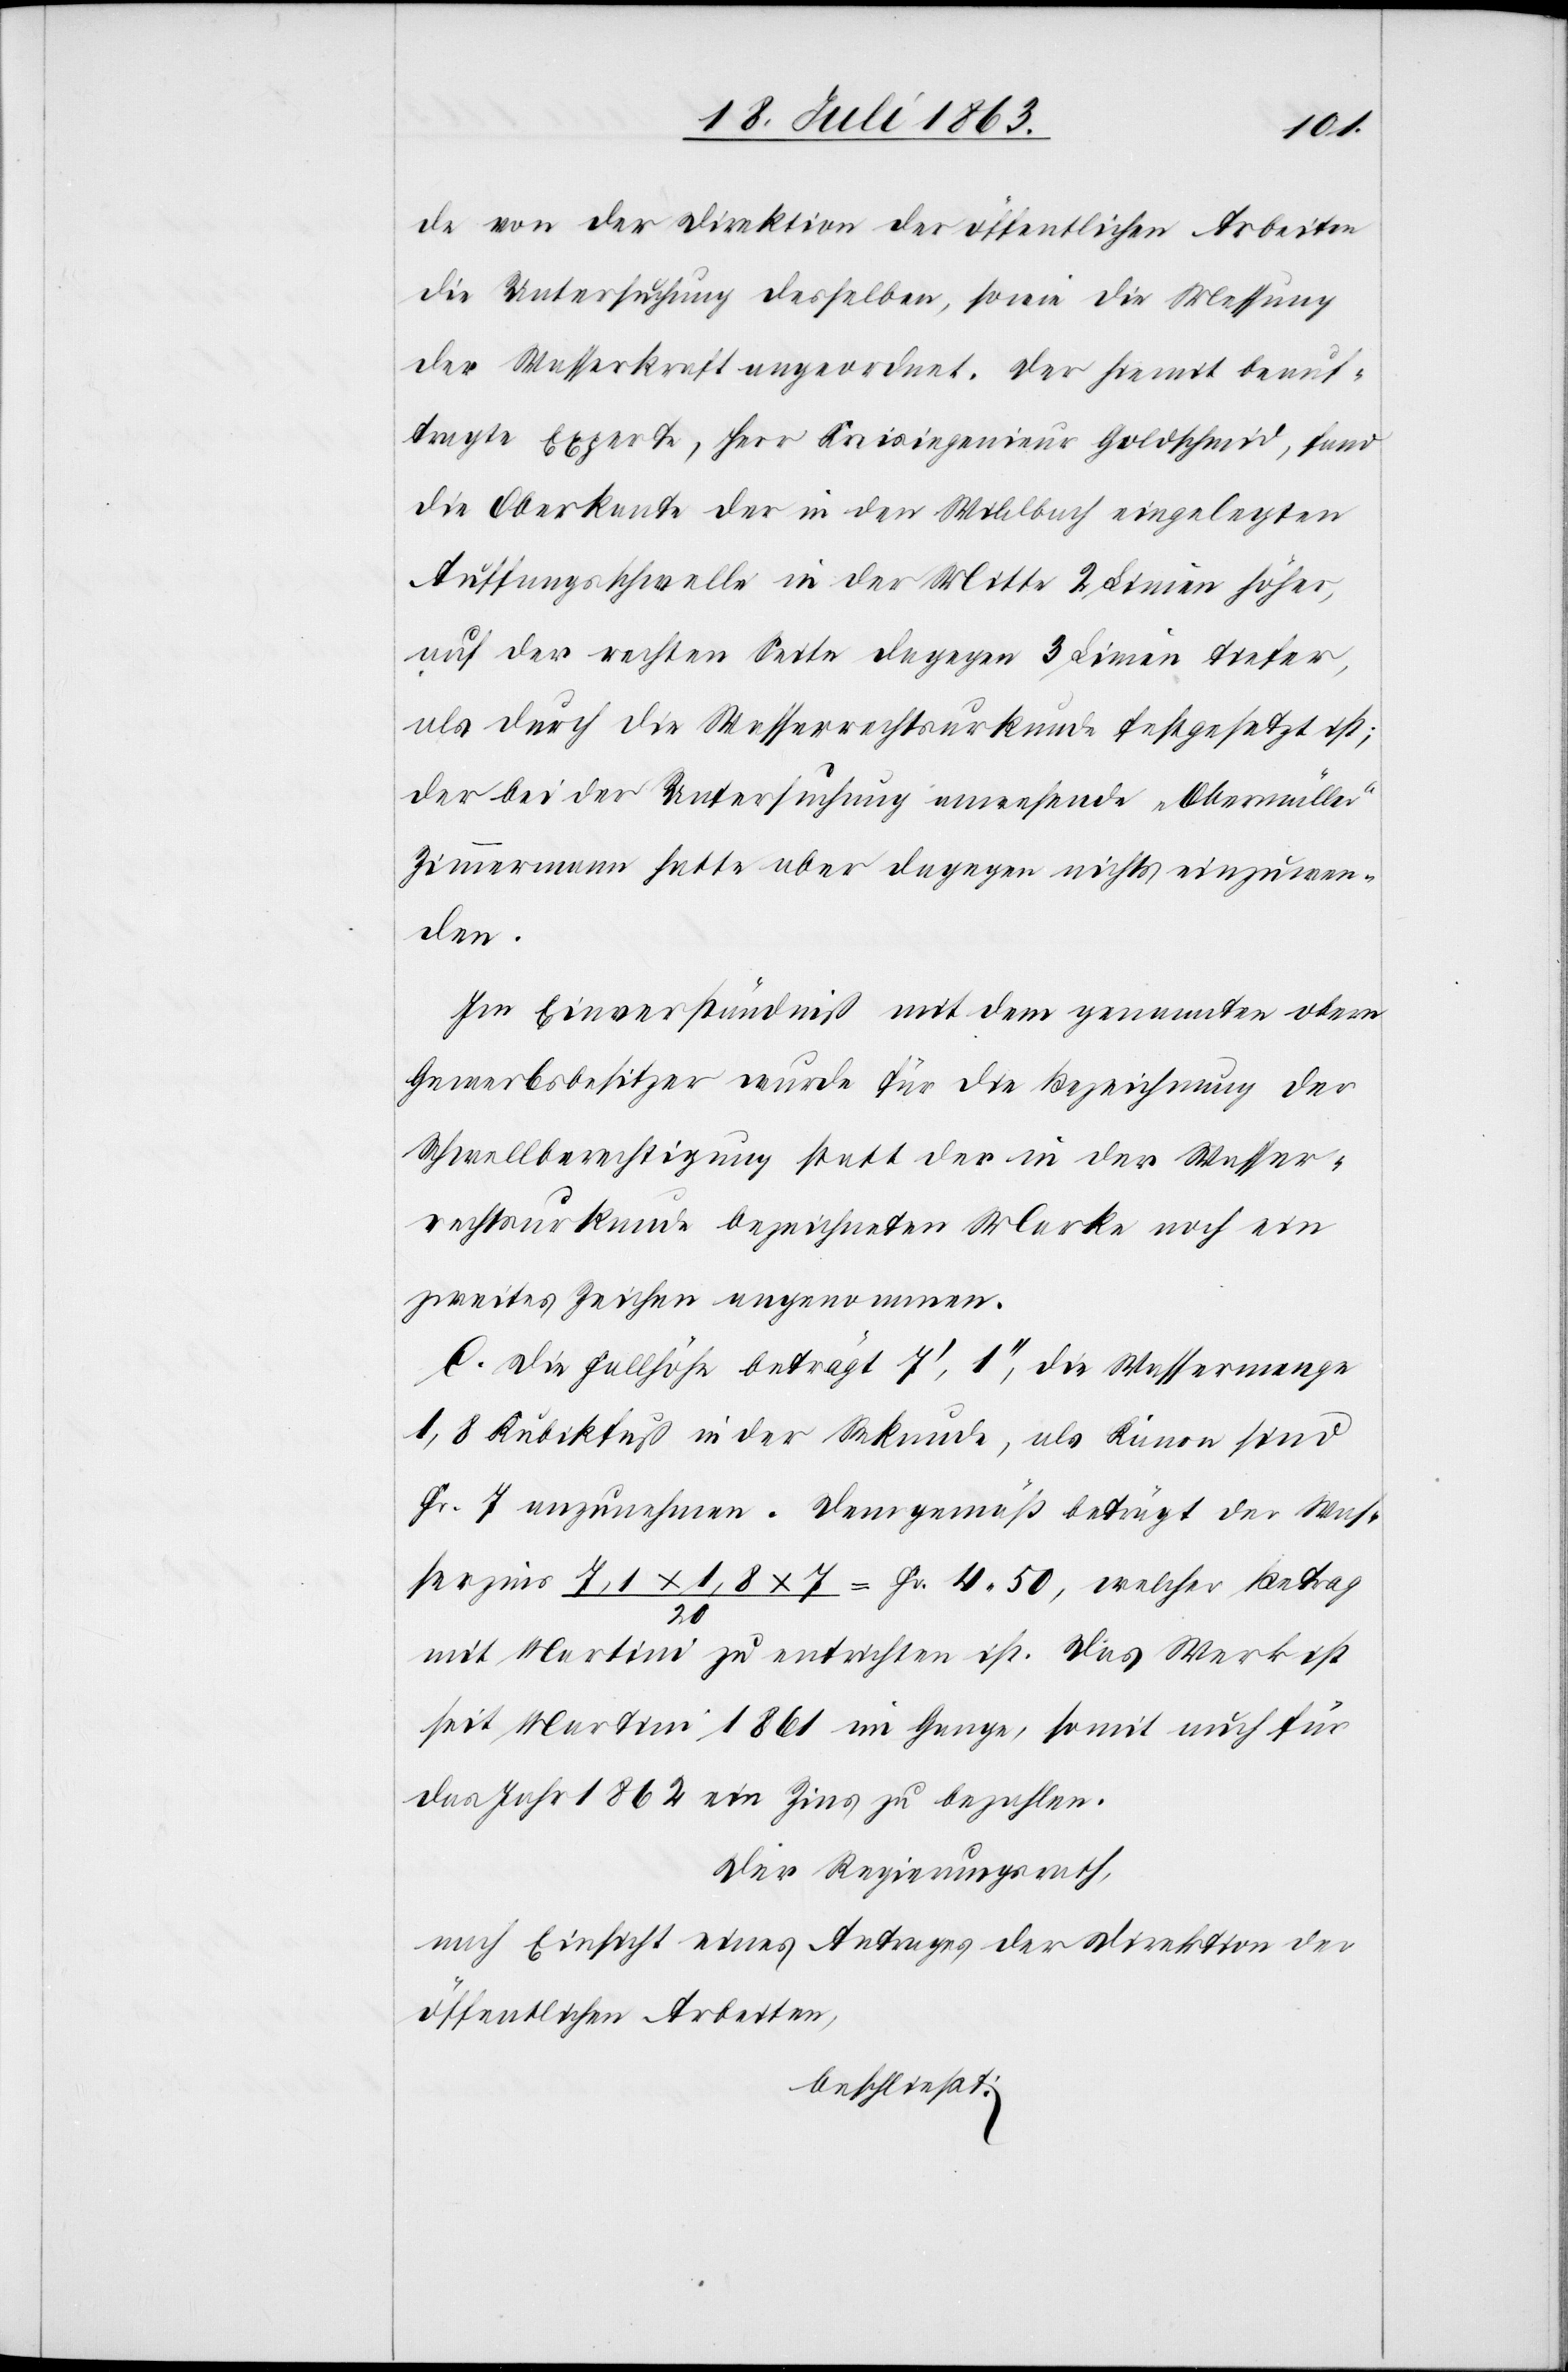
de von der Direktion der öffentlichen Arbeiten
die Untersuchung desselben, sowie die Messung
der Wasserkraft angeordnet. Der hiemit beauf¬
tragte Experte, Herr Kreisingenieur Goldschmid, fand
die Oberkante der in den Wildbach eingelegten
Auffangsschwelle in der Mitte 2 Linien höher,
auf der rechten Seite dagegen 3 Linien tiefer,
als durch die Wasserrechtsurkunde festgesetzt ist;
der bei der Untersuchung anwesende „Obermüller“
Zimmermann hatte aber dagegen nichts einzuwen¬
den.
Im Einverständniß mit dem genannten obern
Gewerbsbesitzer wurde für die Bezeichnung der
Schwellberechtigung statt der in der Wasser¬
rechtsurkunde bezeichneten Marke noch ein
zweites Zeichen angenommen.
C. Die Fallhöhe beträgt 7', 1'', die Wassermenge
1,8 Kubikfuß in der Sekunde, als Kanon sind
Fr. 7 anzunehmen. Demgemäß beträgt der Was¬
serzins 7,1 x 1,8 x 7 / 20 = Fr. 4. 50, welcher Betrag
mit Martini zu entrichten ist. Das Werk ist
seit Martini 1861 im Gange, somit auch für
das Jahr 1862 ein Zins zu bezahlen.
Der Regierungsrath,
nach Einsicht eines Antrages der Direktion der
öffentlichen Arbeiten,
beschließt: